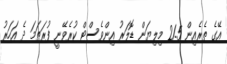
އޭގެ ތެރެއިން 21.5 މިލިޔަން ޑޮލަރު އިންވެސްޓް ކުރެވޭނީ ފުރަތަމަ ދެ އަހަރު